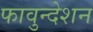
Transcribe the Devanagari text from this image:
फावुन्देशन